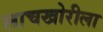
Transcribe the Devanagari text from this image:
लाचखोरीला